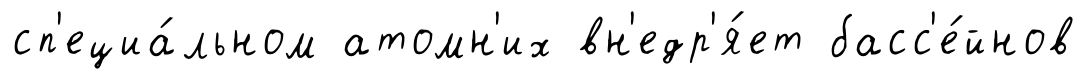
сп'ециа́льном атомн'их вн'едр'я́ет басс'е́йнов